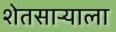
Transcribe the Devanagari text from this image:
शेतसाऱ्याला